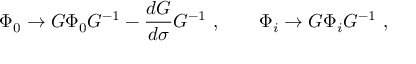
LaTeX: \Phi _ { 0 } \to G \Phi _ { 0 } G ^ { - 1 } - { \frac { d G } { d \sigma } } G ^ { - 1 } \ , \qquad \Phi _ { i } \to G \Phi _ { i } G ^ { - 1 } \ ,